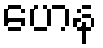
ဟေန